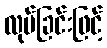
လုပ်ခြင်းဖြင့်